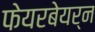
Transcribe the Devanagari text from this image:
फेयरबेयर्न